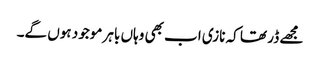
مجھے ڈر تھا کہ نازی اب بھی وہاں باہر موجود ہوں گے۔